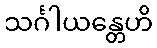
သင်္ဂါယန္တေဟိ